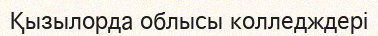
Қызылорда облысы колледждері